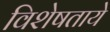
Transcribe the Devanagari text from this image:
विशेषताये